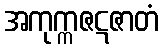
အကုက္ကဇဋဇာတံ